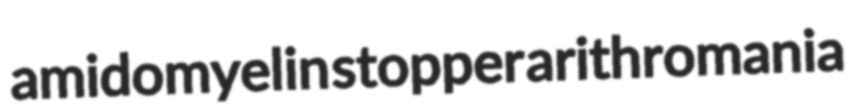
amidomyelin stopper arithromania